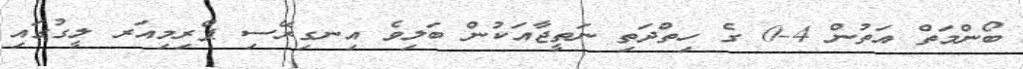
ބޯންމަތް އަތުން 4-0 ގެ ހިތްދަތި ނަތީޖާއަކުން ބަލިވެ އިނގިރޭސި ޕްރިމިއަރ ލީގުގައި